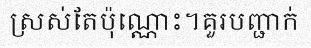
ស្រស់តែប៉ុណ្ណោះ។គួរបញ្ជាក់